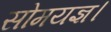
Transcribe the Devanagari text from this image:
सोमयज्ञ।